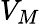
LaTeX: V_{M}